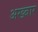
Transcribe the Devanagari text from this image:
अख्बार